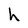
Character: h